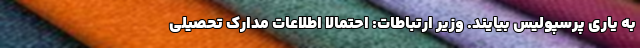
به یاری پرسپولیس بیایند. وزیر ارتباطات: احتمالا اطلاعات مدارک تحصیلی